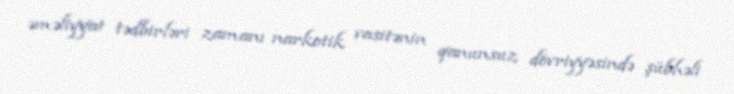
əməliyyat tədbirləri zamanı narkotik vasitənin qanunsuz dövriyyəsində şübhəli